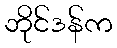
ဘိုင်ဒန်က